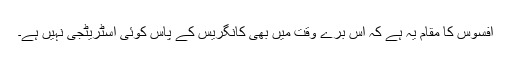
افسوس کا مقام یہ ہے کہ اس برے وقت میں بھی کانگریس کے پاس کوئی اسٹریٹجی نہیں ہے۔